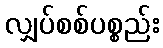
လျှပ်စစ်ပစ္စည်း